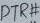
Text: PTR#